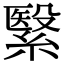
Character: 繄